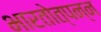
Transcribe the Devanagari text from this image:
भारतोत्पन्न